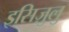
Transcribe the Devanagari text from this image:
इसिज़ुलु